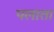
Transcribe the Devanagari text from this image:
पलाता